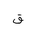
Letter: _qaf